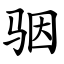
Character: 骃